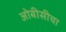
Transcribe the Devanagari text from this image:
ओबीसीचा